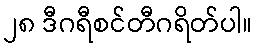
၂၈ ဒီဂရီစင်တီဂရိတ်ပါ။